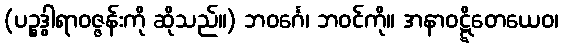
(ပဉ္စဒွါရာဝဇ္ဇန်းကို ဆိုသည်။) ဘဝင်္ဂေ၊ ဘဝင်ကို။ အနာဝဋ္ဋိတေယေဝ၊